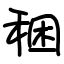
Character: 稇